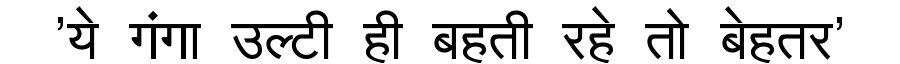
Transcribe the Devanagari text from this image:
'ये गंगा उल्टी ही बहती रहे तो बेहतर'